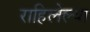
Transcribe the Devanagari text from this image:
राहिलेल्‍या